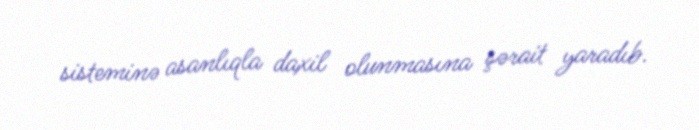
sisteminə asanlıqla daxil olunmasına şərait yaradıb.